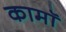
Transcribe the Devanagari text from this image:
कामॉ